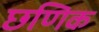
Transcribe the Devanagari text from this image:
छणिक